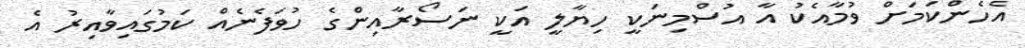
އެހެންކަމަށް ވުމާއެކު އާ އުސްމިނަކީ ހިޔާލީ އަކީ ނަސޯރާއިންގެ ހުވަފެނެއް ކަމުގައިވާއިރު އެ